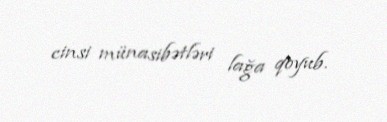
cinsi münasibətləri lağa qoyub.